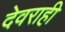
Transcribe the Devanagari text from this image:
देवराही